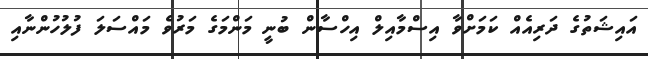
އައިޝަތުގެ ދަރިއެއް ކަމަށްވާ އިސްމާއިލް އިހްސާން ބުނީ މަންމަގެ މަރުވެ މައްސަލަ ފުލުހުންނާއި